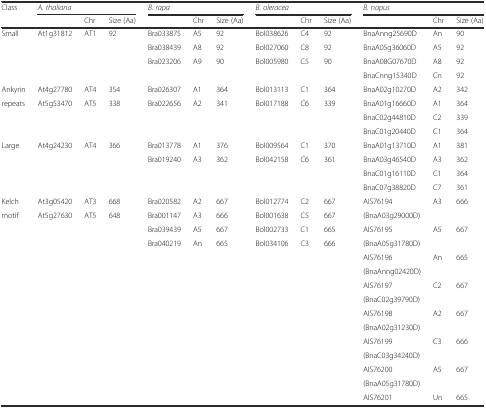
<table><thead><tr><td rowspan="2"><b>Class</b></td><td colspan="3"><b><i>A. thaliana</i></b></td><td colspan="3"><b><i>B. rapa</i></b></td><td colspan="3"><b><i>B. oleracea</i></b></td><td colspan="3"><b><i>B. napus</i></b></td></tr><tr><td></td><td><b>Chr</b></td><td><b>Size (Aa)</b></td><td></td><td><b>Chr</b></td><td><b>Size (Aa)</b></td><td></td><td><b>Chr</b></td><td><b>Size (Aa)</b></td><td></td><td><b>Chr</b></td><td><b>Size (Aa)</b></td></tr></thead><tbody><tr><td>Small</td><td>At1g31812</td><td>AT1</td><td>92</td><td>Bra033875</td><td>A5</td><td>92</td><td>Bol038626</td><td>C4</td><td>92</td><td>BnaAnng25690D</td><td>An</td><td>90</td></tr><tr><td></td><td></td><td></td><td></td><td>Bra038439</td><td>A8</td><td>92</td><td>Bol027060</td><td>C8</td><td>92</td><td>BnaA05g36060D</td><td>A5</td><td>92</td></tr><tr><td></td><td></td><td></td><td></td><td>Bra023206</td><td>A9</td><td>90</td><td>Bol005980</td><td>C5</td><td>90</td><td>BnaA08G07670D</td><td>A8</td><td>92</td></tr><tr><td></td><td></td><td></td><td></td><td></td><td></td><td></td><td></td><td></td><td></td><td>BnaCnng15340D</td><td>Cn</td><td>92</td></tr><tr><td>Ankyrin</td><td>At4g27780</td><td>AT4</td><td>354</td><td>Bra026307</td><td>A1</td><td>364</td><td>Bol013113</td><td>C1</td><td>364</td><td>BnaA02g10270D</td><td>A2</td><td>342</td></tr><tr><td>repeats</td><td>At5g53470</td><td>AT5</td><td>338</td><td>Bra022656</td><td>A2</td><td>341</td><td>Bol017188</td><td>C6</td><td>339</td><td>BnaA01g16660D</td><td>A1</td><td>364</td></tr><tr><td></td><td></td><td></td><td></td><td></td><td></td><td></td><td></td><td></td><td></td><td>BnaC02g44810D</td><td>C2</td><td>339</td></tr><tr><td></td><td></td><td></td><td></td><td></td><td></td><td></td><td></td><td></td><td></td><td>BnaC01g20440D</td><td>C1</td><td>364</td></tr><tr><td>Large</td><td>At4g24230</td><td>AT4</td><td>366</td><td>Bra013778</td><td>A1</td><td>376</td><td>Bol009564</td><td>C1</td><td>370</td><td>BnaA01g13710D</td><td>A1</td><td>381</td></tr><tr><td></td><td></td><td></td><td></td><td>Bra019240</td><td>A3</td><td>362</td><td>Bol042158</td><td>C6</td><td>361</td><td>BnaA03g46540D</td><td>A3</td><td>362</td></tr><tr><td></td><td></td><td></td><td></td><td></td><td></td><td></td><td></td><td></td><td></td><td>BnaC01g16110D</td><td>C1</td><td>364</td></tr><tr><td></td><td></td><td></td><td></td><td></td><td></td><td></td><td></td><td></td><td></td><td>BnaC07g38820D</td><td>C7</td><td>361</td></tr><tr><td>Kelch</td><td>At3g05420</td><td>AT3</td><td>668</td><td>Bra020582</td><td>A2</td><td>667</td><td>Bol012774</td><td>C2</td><td>667</td><td>AIS76194</td><td rowspan="2">A3</td><td rowspan="2">666</td></tr><tr><td>motif</td><td>At5g27630</td><td>AT5</td><td>648</td><td>Bra001147</td><td>A3</td><td>666</td><td>Bol001638</td><td>C5</td><td>667</td><td>(BnaA03g29000D)</td></tr><tr><td></td><td></td><td></td><td></td><td>Bra039439</td><td>A5</td><td>667</td><td>Bol002733</td><td>C1</td><td>665</td><td>AIS76195</td><td rowspan="2">A5</td><td rowspan="2">667</td></tr><tr><td></td><td></td><td></td><td></td><td>Bra040219</td><td>An</td><td>665</td><td>Bol034106</td><td>C3</td><td>666</td><td>(BnaA05g31780D)</td></tr><tr><td></td><td></td><td></td><td></td><td></td><td></td><td></td><td></td><td></td><td></td><td>AIS76196</td><td rowspan="2">An</td><td rowspan="2">665</td></tr><tr><td></td><td></td><td></td><td></td><td></td><td></td><td></td><td></td><td></td><td></td><td>(BnaAnng02420D)</td></tr><tr><td></td><td></td><td></td><td></td><td></td><td></td><td></td><td></td><td></td><td></td><td>AIS76197</td><td rowspan="2">C2</td><td rowspan="2">667</td></tr><tr><td></td><td></td><td></td><td></td><td></td><td></td><td></td><td></td><td></td><td></td><td>(BnaC02g39790D)</td></tr><tr><td></td><td></td><td></td><td></td><td></td><td></td><td></td><td></td><td></td><td></td><td>AIS76198</td><td rowspan="2">A2</td><td rowspan="2">667</td></tr><tr><td></td><td></td><td></td><td></td><td></td><td></td><td></td><td></td><td></td><td></td><td>(BnaA02g31230D)</td></tr><tr><td></td><td></td><td></td><td></td><td></td><td></td><td></td><td></td><td></td><td></td><td>AIS76199</td><td rowspan="2">C3</td><td rowspan="2">666</td></tr><tr><td></td><td></td><td></td><td></td><td></td><td></td><td></td><td></td><td></td><td></td><td>(BnaC03g34240D)</td></tr><tr><td></td><td></td><td></td><td></td><td></td><td></td><td></td><td></td><td></td><td></td><td>AIS76200</td><td rowspan="2">A5</td><td rowspan="2">667</td></tr><tr><td></td><td></td><td></td><td></td><td></td><td></td><td></td><td></td><td></td><td></td><td>(BnaA05g31780D)</td></tr><tr><td></td><td></td><td></td><td></td><td></td><td></td><td></td><td></td><td></td><td></td><td>AIS76201</td><td>Un</td><td>665</td></tr></tbody></table>